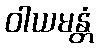
ဝါယမန္တံ